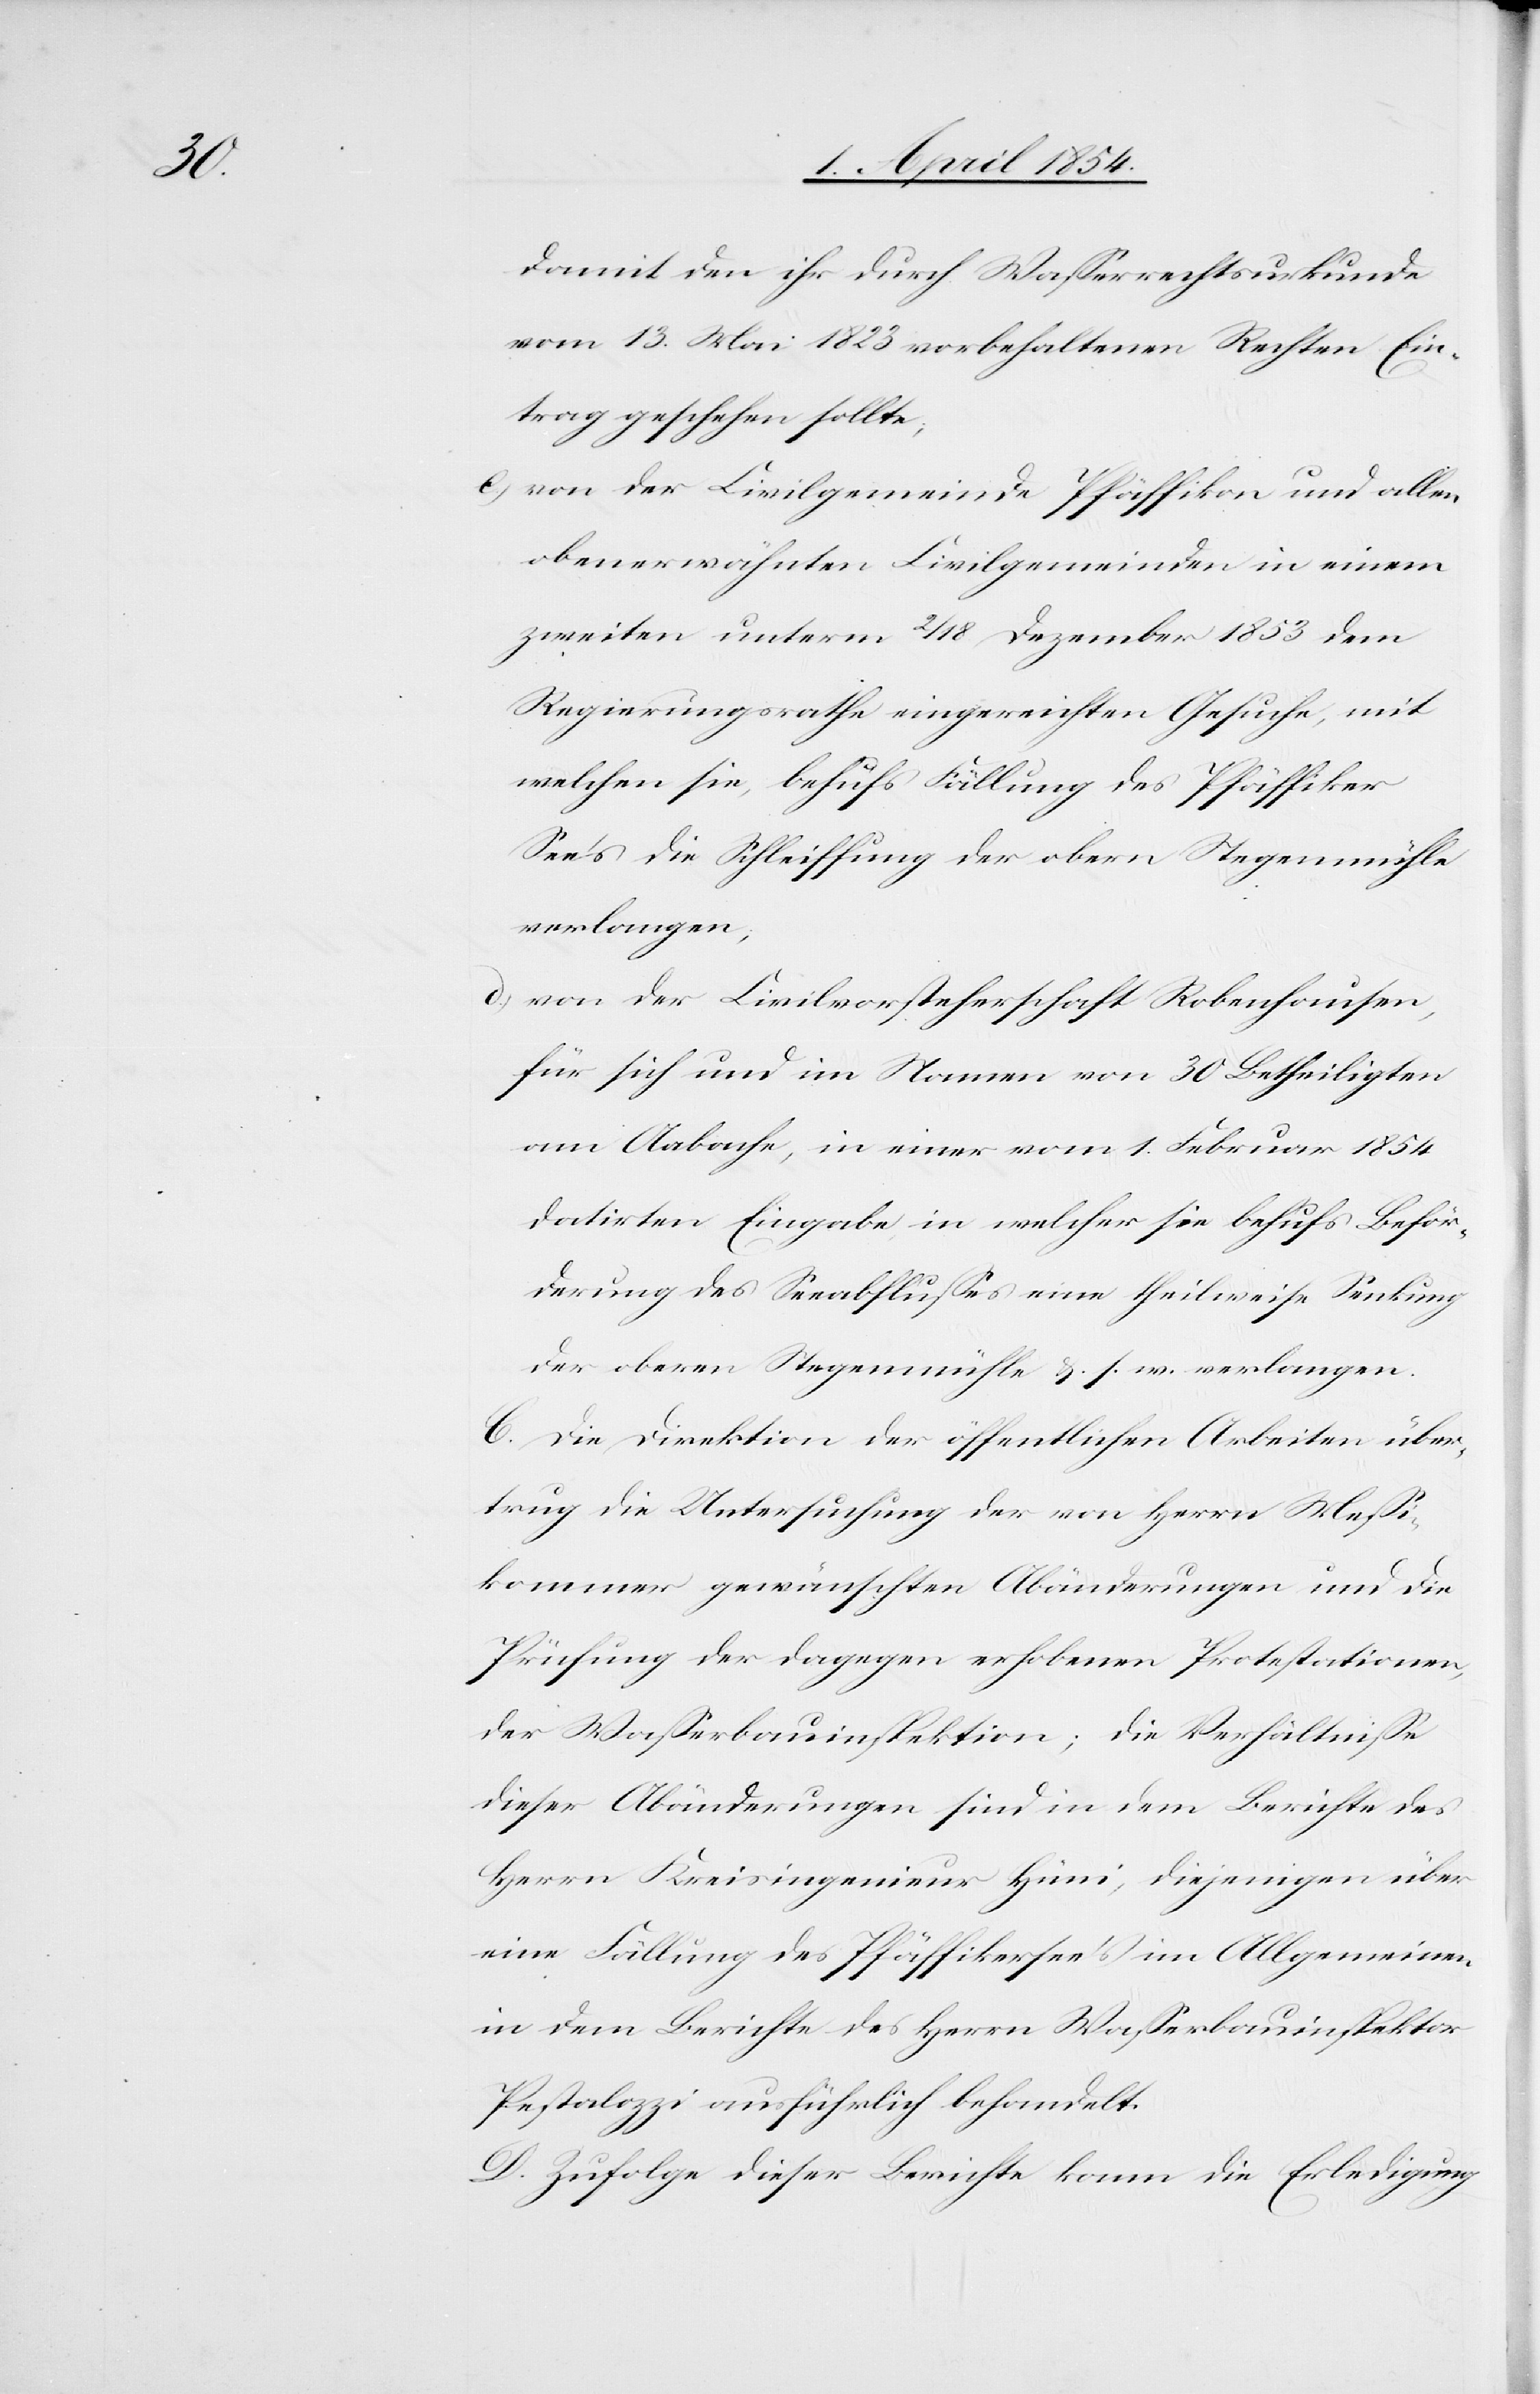
damit den ihr durch Waßerrechtsurkunde
vom 13. Mai 1823 vorbehaltenen Rechten Ein¬
trag geschehen sollte;
c.) von der Civilgemeinde Pfäffikon und allen
obenerwähnten Civilgemeinden in einem
zweiten unterm 2/18 Dezember 1853 dem
Regierungsrathe eingereichten Gesuche, mit
welchen sie, behufs Fällung des Pfäffiker
Sees die Schleiffung der obern Stegenmühle
verlangen;
d.) von der Civilvorsteherschaft Robenhausen,
für sich und im Namen von 30 Betheiligten
vom Aabache, in einer vom 1. Februar 1854
datirten Eingabe, in welcher sie behufs Beför¬
derung des Seeabflußes eine theilweise Senkung
der oberen Stegenmühle u. s. w. verlangen.
C. Die Direktion der öffentlichen Arbeiten über¬
trug die Untersuchung der von Herrn Meßi¬
kommer gewünschten Abänderungen und die
Prüfung der dagegen erhobenen Protestationen,
der Waßerbauinspektion; die Verhältniße
dieser Abänderungen sind in dem Berichte des
Herrn Kreisingenieur Hüni, diejenigen über
eine Fällung des Pfäffikersees im Allgemeinen
in dem Berichte des Herrn Waßerbauinspektor
Pestalozzi ausführlich behandelt.
D. Zufolge dieser Berichte kann die Erledigung